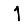
Digit: 1